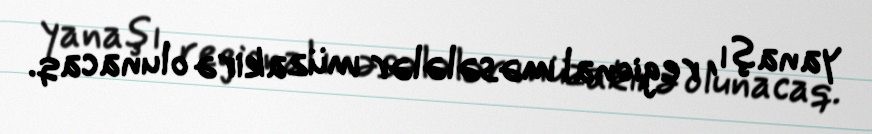
yanaşı, regional məsələlər müzakirə olunacaq.